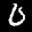
Label: 0